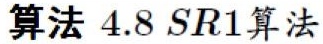
算法 4.8 SR1算法